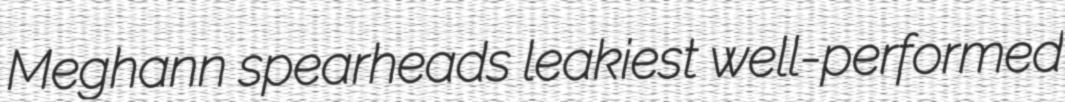
Meghann spearheads leakiest well-performed